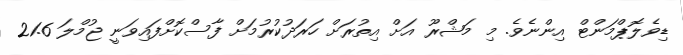
ޑިވެލޮޕްމަންޓް އިންނެވެ. މި މަޝްރޫ އަށް އިތުރަށް ހަރަދުކުރުމަށް ފާސްކޮށްފައިވަނީ ޖުމްލަ 21.6